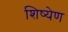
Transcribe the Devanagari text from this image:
शिष्येण